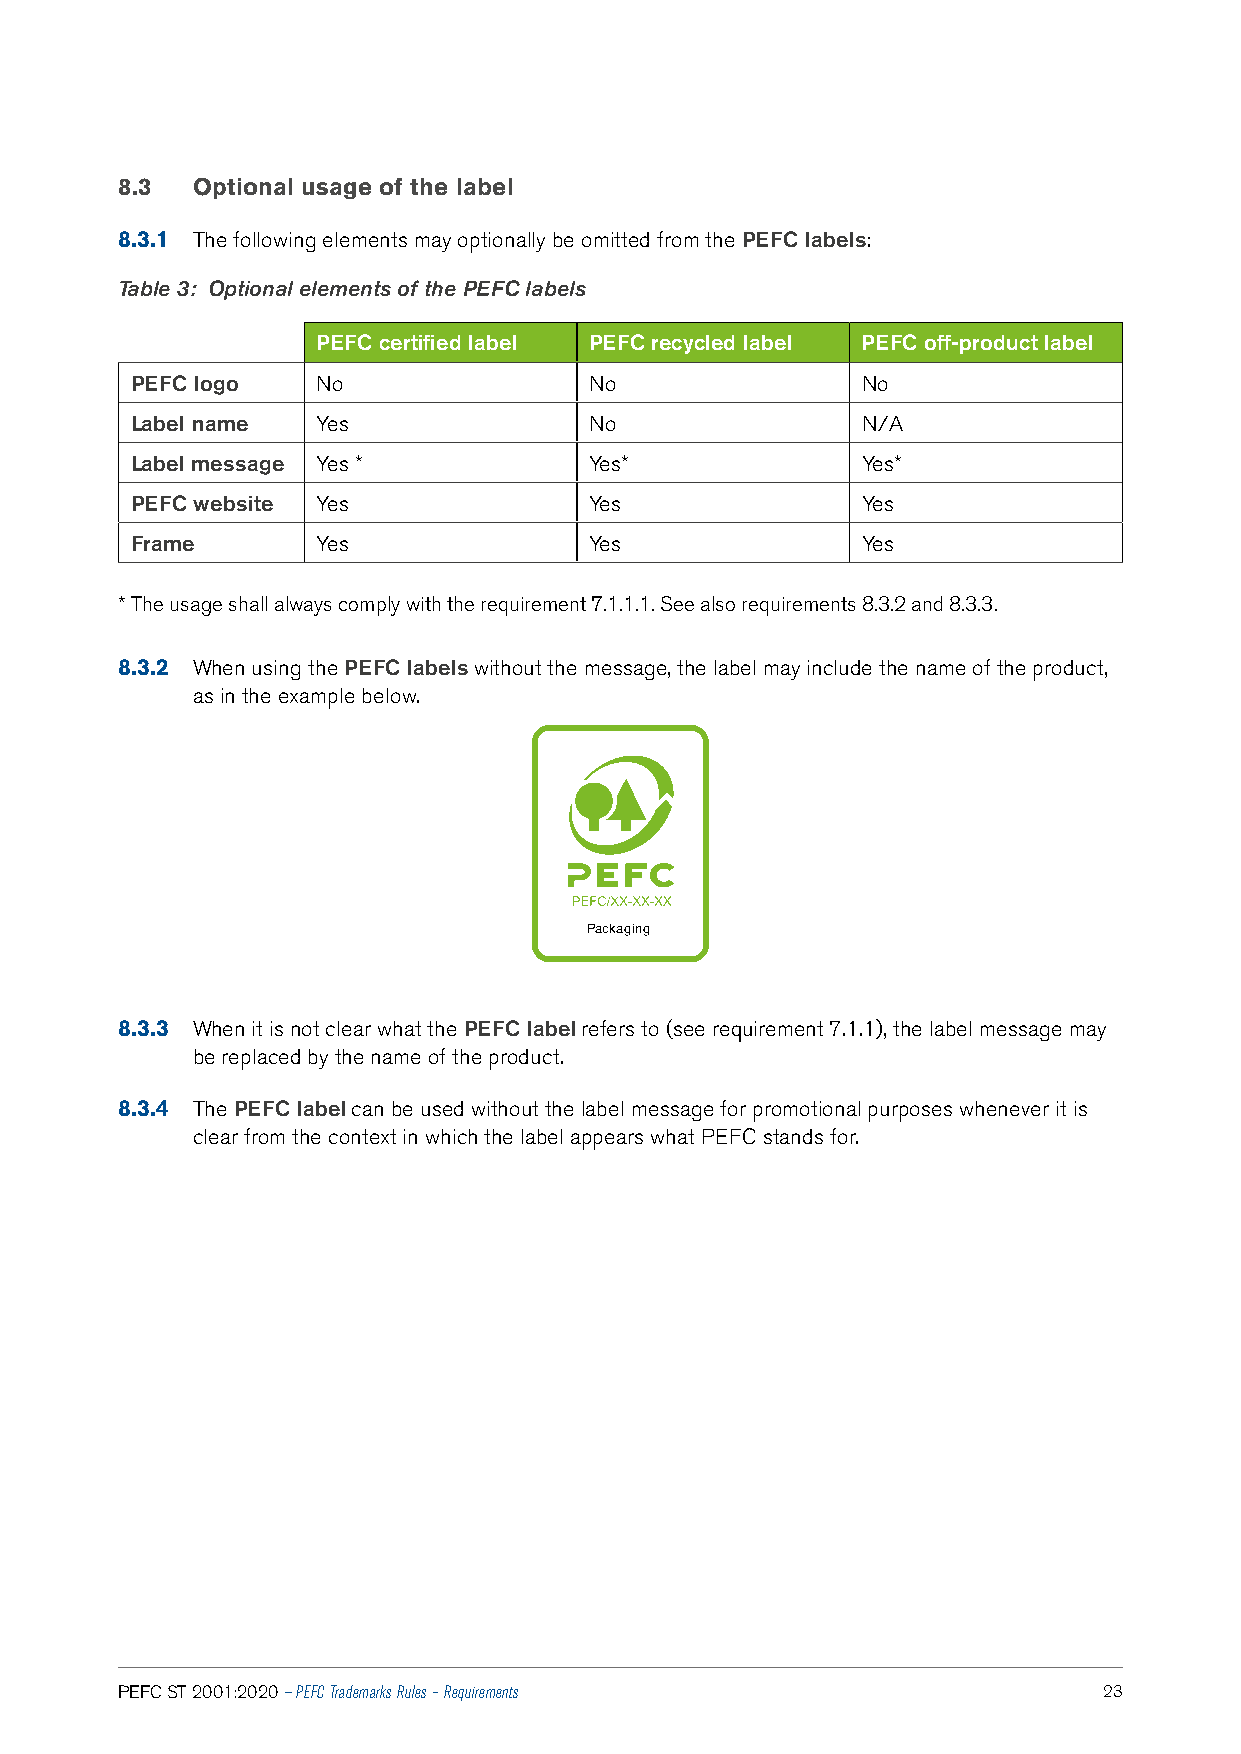
8.3  Optional usage of the label
 8.3.1 The following elements may optionally be omitted from the PEFC labels:
 Table 3: Optional elements of the PEFC labels
 PEFC certified label PEFC recycled label PEFC off‑product label
 PEFC logo   No                No                No
 Label name  Yes               No                N/A
 Label message Yes *           Yes*              Yes*
 PEFC website Yes              Yes               Yes
 Frame       Yes               Yes               Yes
 * The usage shall always comply with the requirement 7.1.1.1. See also requirements 8.3.2 and 8.3.3.
 8.3.2 When using the PEFC labels without the message, the label may include the name of the product,
 as in the example below.
 Packaging
 8.3.3 When it is not clear what the PEFC label refers to (see requirement 7.1.1), the label message may
 be replaced by the name of the product.
 8.3.4 The PEFC label can be used without the label message for promotional purposes whenever it is
 clear from the context in which the label appears what PEFC stands for.
 PEFC ST 2001:2020 — PEFC Trademarks Rules – Requirements         23